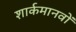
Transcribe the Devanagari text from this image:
शार्कमानवों